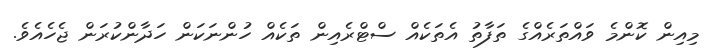
މިއިން ކޮންމެ ވައްތަރެއްގެ ތަފާތު އެތަކެއް ސްޓްރެއިން ތަކެއް ހުންނަކަން ހަދާންކުރަން ޖެހެއެވެ.